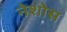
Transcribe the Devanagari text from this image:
नेशोस